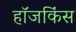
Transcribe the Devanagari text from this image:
हॉजकिंस